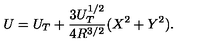
U = U _ { T } + \frac { 3 U _ { T } ^ { 1 / 2 } } { 4 R ^ { 3 / 2 } } ( X ^ { 2 } + Y ^ { 2 } ) .